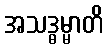
အသဒ္ဓမ္မာတိ